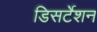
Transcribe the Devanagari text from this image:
डिसर्टेशन